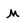
Character: M